Civil Veterinary Dept. Bombay admin report 1893-99 - 1893-1899
Year: 1893
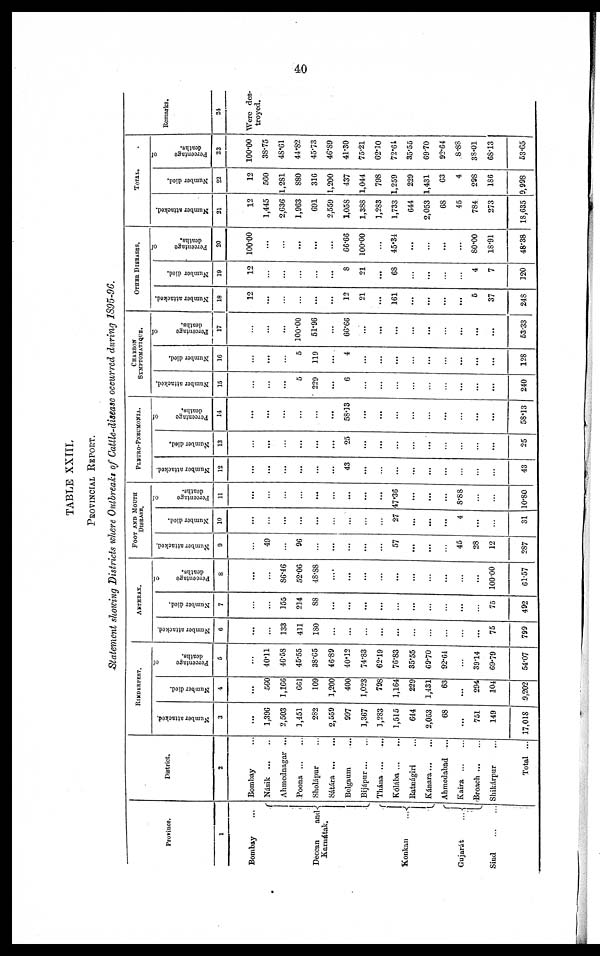
40
TABLE XXIII.
PROVINCIAL REPORT.
Statement showing Districts where Outbreaks of Cattle-disease occurred during 1895-96.
Province.
1
Bombay ...
Deccan
and
Karnátak.
Konkan
...
Gujarát
...
Sind
...
...
District.
2
Bombay ...
Násik
...
...
Ahmednagar ...
Poona
...
...
Sholápur ...
Sátára
...
...
Belgaum ...
Bijápur ... ...
Thána ... ...
Kolába ... ...
Ratnágiri ...
Kánara ... ...
Ahmedabad ...
Kaira ... ...
Broach ... ...
Shikárpur ...
Total ...
RINDERPEST.
Number attacked.
3
...
1,396
2,503
1,451
282
2,559
997
1,367
1,283
1,515
644
2,053
68
...
751
149
17,018
Number died.
4
...
560
1,166
661
109
1,200
400
1,023
798
1,164
229
1,431
63
...
294
104
9,202
Percentage
of
deaths.
5
...
40.11
46.58
45.55
38.65
46.89
40.12
74.83
62.19
76.83
35.55
69.70
92.64
...
39.14
69.79
54.07
ANTHRAX.
Number attacked.
6
...
...
133
411
180
...
...
...
...
...
...
...
...
...
...
75
799
Number died.
7
...
...
155
214
88
...
...
...
...
...
...
...
...
...
...
75
492
Percentage
of
deaths.
8
...
...
86.46
52.06
48.88
...
...
...
...
...
...
...
...
...
...
100.00
61.57
FOOT AND MOUTH
DISEASE.
Number attacked.
9
...
49
...
96
...
...
...
...
...
57
...
...
...
45
28
12
287
Number died.
10
...
...
...
...
...
...
...
...
...
27
...
...
...
4
...
...
31
Percentage
of
deaths.
11
...
...
...
...
...
...
...
...
...
47.36
...
...
...
8.88
...
...
10.80
PLEURO-PNEUMONIA.
Number attacked.
12
...
...
...
...
...
...
43
...
...
...
...
...
...
...
...
...
43
Number died.
13
...
...
...
...
...
...
25
...
...
...
...
...
...
...
...
...
25
Percentage
of
deaths.
14
...
...
...
...
...
...
58.13
...
...
...
...
...
...
...
...
...
58.13
CHARBON
SYMPTOMATIQUE.
Number attacked.
15
...
...
...
5
229
...
6
...
...
...
...
...
...
...
...
...
240
Number died.
16
...
...
...
5
119
...
4
...
...
...
...
...
...
...
...
...
128
Percentage
of
deaths.
17
...
...
...
100.00
51.96
...
66.66
...
...
...
...
...
...
...
...
...
53.33
OTHER DISEASES.
Number attacked.
18
12
...
...
...
...
...
12
21
...
161
...
...
...
...
5
37
248
Number died.
19
12
...
...
...
...
...
8
21
...
68
...
...
...
...
4
7
120
Percentage
of
deaths.
20
100.00
...
...
...
...
...
66.66
100.00
...
45.34
...
...
...
...
80.00
18.91
48.38
TOTAL.
Number attacked.
21
12
1,445
2,636
1,963
691
2,559
1,058
1,388
1,283
1,733
644
2,053
68
45
784
273
18,635
Number died.
22
12
560
1,281
880
316
1,200
437
1,044
798
1,259
229
1,431
63
4
298
186
9,998
Percentage
of
deaths.
23
100.00
38.75
48.61
44.82
45.73
46.89
41.30
75.21
62.10
72.64
35.55
69.70
92.64
8.88
38.01
68.13
53.65
Remarks.
24
Were des-
troyed.